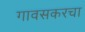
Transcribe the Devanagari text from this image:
गावसकरचा